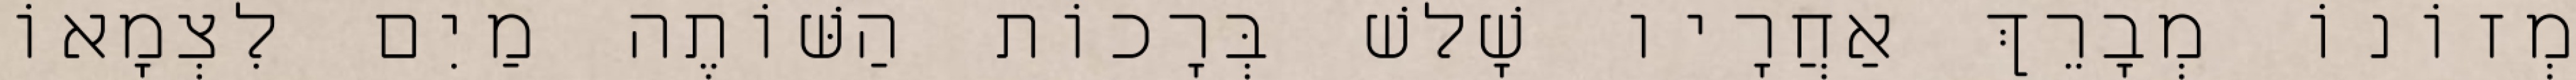
מְזוֹנוֹ מְבָרֵךְ אַחֲרָיו שָׁלשׁ בְּרָכוֹת הַשּׁוֹתֶה מַיִם לִצְמָאוֹ